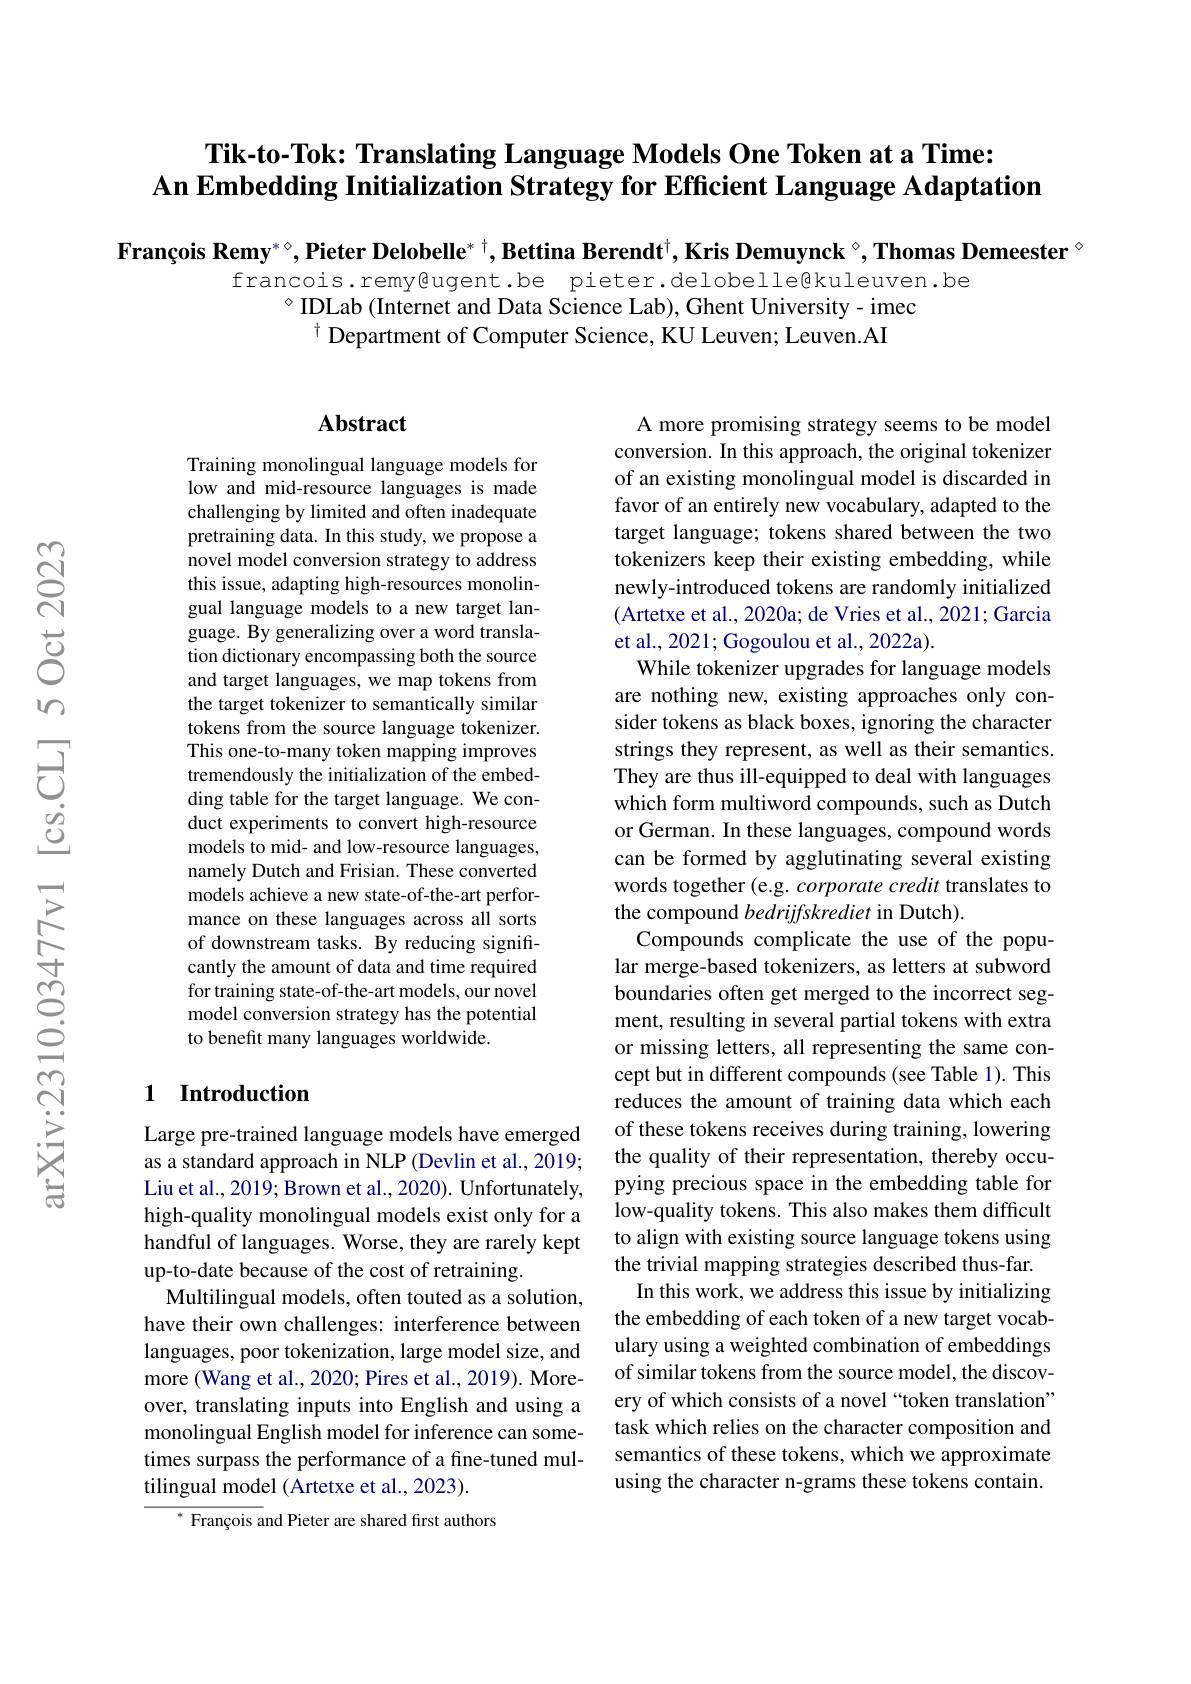
## Tik-to-Tok: Translating Language Models One Token at a Time: An Embedding Initialization Strategy for Efficient Language Adaptation

François Remy$^*\circ,\textbf{Pieter Delobelle}^*^+,\textbf{Bettina Berendt}^+,\text{Kris Demuynck}^\circ,\textbf{Thomas Demeester }^\circ$
francois.remy@ugent.be pieter.delobelle@kuleuven.be
$^{\circ}$ IDLab (Internet and Data Science Lab), Ghent University- imec
$^{\dagger}$ Department of Computer Science, KU Leuven; Leuven.AI

### $\mathbf{Abstract}$

Training monolingual language models for low and mid-resource languages is made challenging by limited and often inadequate pretraining data. In this study, we propose a novel model conversion strategy to address this issue, adapting high-resources monolingual language models to a new target language. By generalizing over a word translation dictionary encompassing both the source and target languages, we map tokens from the target tokenizer to semantically similar tokens from the source language tokenizer. This one-to-many token mapping improves tremendously the initialization of the embedding table for the target language. We conduct experiments to convert high-resource models to mid- and low-resource languages, namely Dutch and Frisian. These converted models achieve a new state-of-the-art performance on these languages across all sorts of downstream tasks. By reducing significantly the amount of data and time required for training state-of-the-art models, our novel model conversion strategy has the potential to benefit many languages worldwide.

A more promising strategy seems to be model conversion. In this approach, the original tokenizer of an existing monolingual model is discarded in favor of an entirely new vocabulary, adapted to the target language; tokens shared between the two tokenizers keep their existing embedding, while newly-introduced tokens are randomly initialized (Artetxe et al., 2020a; de Vries et al., 2021; Garcia et al., 2021; Gogoulou et al., 2022a).
While tokenizer upgrades for language models are nothing new, existing approaches only consider tokens as black boxes, ignoring the character strings they represent, as well as their semantics. They are thus ill-equipped to deal with languages which form multiword compounds, such as Dutch or German. In these languages, compound words can be formed by agglutinating several existing words together (e.g. corporate credit translates to the compound bedrijfskrediet in Dutch).
Compounds complicate the use of the popular merge-based tokenizers, as letters at subword boundaries often get merged to the incorrect segment, resulting in several partial tokens with extra or missing letters, all representing the same concept but in different compounds (see Table 1). This reduces the amount of training data which each of these tokens receives during training, lowering the quality of their representation, thereby occupying precious space in the embedding table for low-quality tokens. This also makes them difficult to align with existing source language tokens using the trivial mapping strategies described thus-far.
In this work, we address this issue by initializing the embedding of each token of a new target vocabulary using a weighted combination of embeddings of similar tokens from the source model, the discovery of which consists of a novel “token translation” task which relies on the character composition and semantics of these tokens, which we approximate using the character n-grams these tokens contain.

# 1 Introduction

Large pre-trained language models have emerged as a standard approach in NLP (Devlin et al., 2019; Liu et al., 2019; Brown et al., 2020). Unfortunately, high-quality monolingual models exist only for a handful of languages. Worse, they are rarely kept up-to-date because of the cost of retraining.
Multilingual models, often touted as a solution, have their own challenges: interference between languages, poor tokenization, large model size, and more (Wang et al., 2020; Pires et al., 2019). Moreover, translating inputs into English and using a monolingual English model for inference can sometimes surpass the performance of a fine-tuned multilingual model (Artetxe et al., 2023).

$^{* }\text{ Fran\c{c} ois and Pieter are shared first authors}$